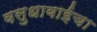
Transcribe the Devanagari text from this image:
वसुधाबाईचा